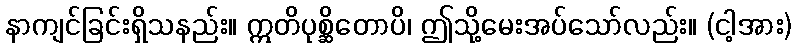
နာကျင်ခြင်းရှိသနည်း။ ဣတိပုစ္ဆိတောပိ၊ ဤသို့မေးအပ်သော်လည်း။ (ငါ့အား)